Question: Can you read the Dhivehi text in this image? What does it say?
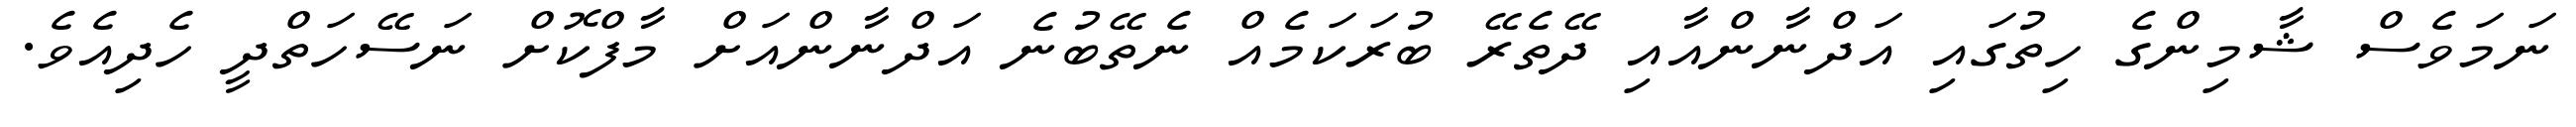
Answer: ނަމަވެސް ޝާމިންގެ ހިތުގައި އަދްނާންއާއި ދޭތެރޭ ބުރަކަމެއް ނެތޭބުނެ އަދްނާންއަށް މާފްކޮށް ނަސޭހަތްދީ ހެދިއެވެ.